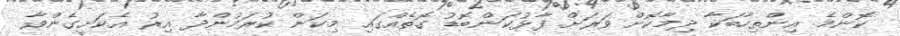
ކޮންމެ އިންތިހާބަކާ ދިމާކޮށް ވަރަށް ފާޅުކަންބޮޑު ގޮތެއްގައި މިކަން ކުރަމުންދާ އިރު އެކަށީގެންވާ